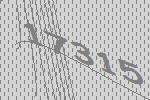
17315